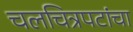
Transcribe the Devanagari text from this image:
चलचित्रपटांचा